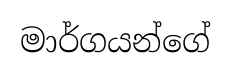
මාර්ගයන්ගේ